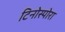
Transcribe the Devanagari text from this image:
टिनोस्पोरा